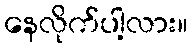
နေလိုက်ပါ့လား။